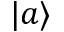
| a \rangle